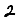
Digit: 2